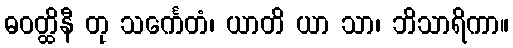
ဓဝတ္ထိနီ တု သင်္ကေတံ၊ ယာတိ ယာ သာ၊ ဘိသာရိကာ။